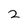
Character: 2